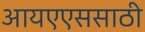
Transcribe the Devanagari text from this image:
आयएएससाठी